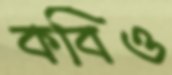
কবিও